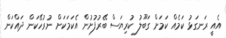
އެއީ ރަނގަޅު ކަމެއް ކަމަށް ގަބޫލު ކުރިޔަސް ބޭރުފުށުން އެކަމަކަށް ނުރުހޭކަން ދައްކަން